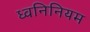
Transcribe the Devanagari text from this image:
ध्वनिनियम